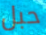
حبل